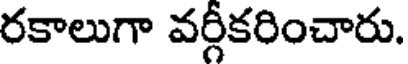
రకాలుగా వర్గీకరించారు.